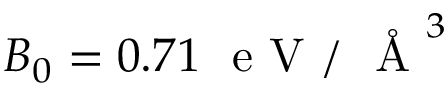
B _ { 0 } = 0 . 7 1 \ \mathrm { ~ e ~ V ~ } / \mathrm { ~ \normalfont ~ \AA ~ } ^ { 3 }